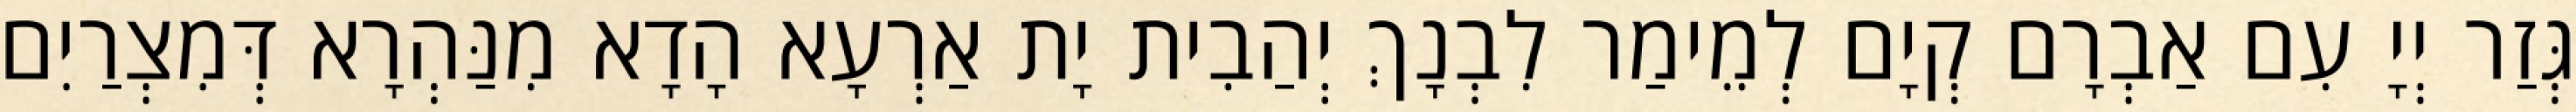
גְּזַר יְיָ עִם אַבְרָם קְיָם לְמֵימַר לִבְנָךְ יְהַבִית יָת אַרְעָא הָדָא מִנַּהְרָא דְּמִצְרַיִם